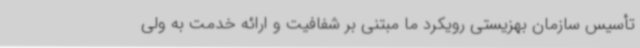
تأسیس سازمان بهزیستی رویکرد ما مبتنی بر شفافیت و ارائه خدمت به ولی